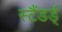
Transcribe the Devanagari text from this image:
स्टैंडर्ड्